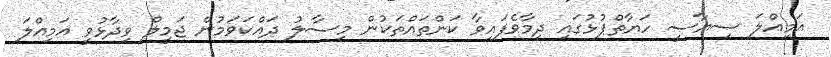
އަމިއްލަ ސިޔާސީ ހަޔާތްޕުޅުގައި ދިމާވެފައިވާ ކަންތައްތަކުން މިސާލު ދައްކަވަމުން ޖަމީލް ވިދާޅުވީ އަމިއްލަ